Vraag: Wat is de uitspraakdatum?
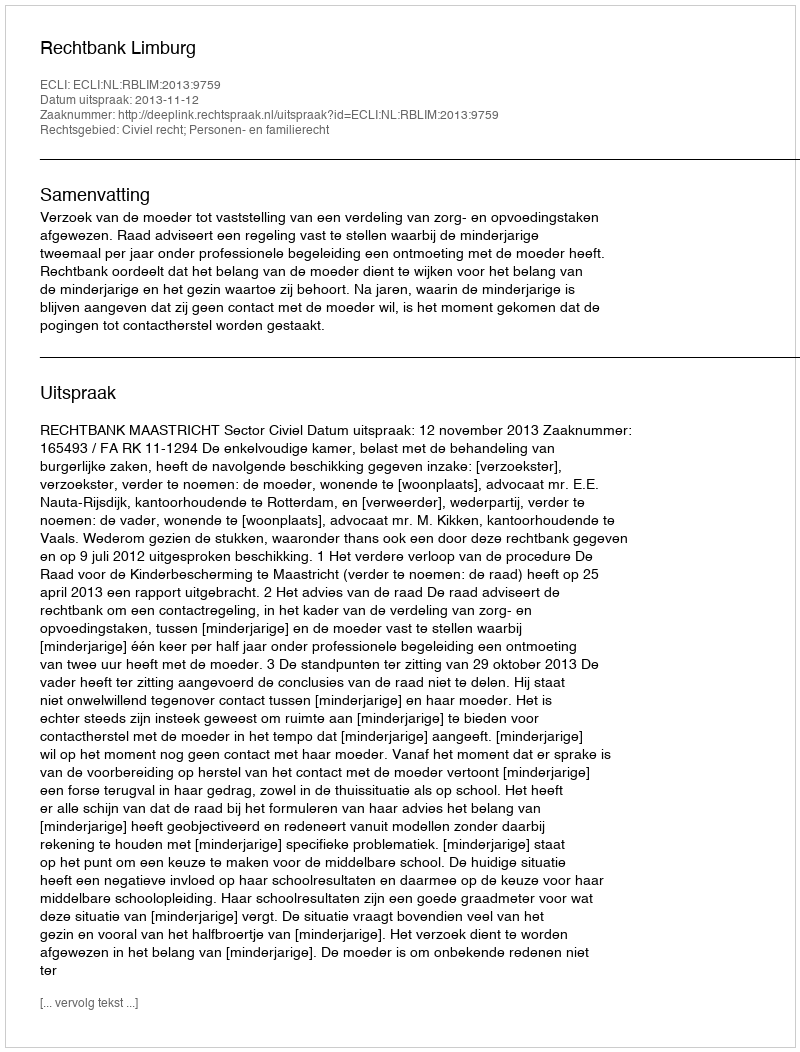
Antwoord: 2013-11-12